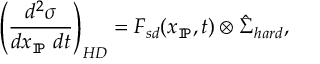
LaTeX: \left( \frac { d ^ { 2 } \sigma } { d x _ { \tt I \! P } \ d t } \right) _ { H D } = F _ { s d } ( x _ { \tt I \! P } , t ) \otimes { \hat { \Sigma } } _ { h a r d } ,